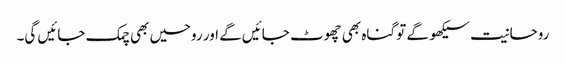
روحانیت سیکھو گے تو گناہ بھی چھوٹ جائیں گے اور روحیں بھی چمک جائیں گی۔